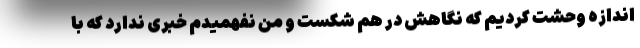
اندازه وحشت کردیم که نگاهش در هم شکست و من نفهمیدم خبری ندارد که با